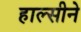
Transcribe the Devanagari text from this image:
हाल्सीने